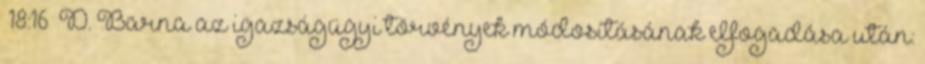
18:16 D. Barna az igazságügyi törvények módosításának elfogadása után: